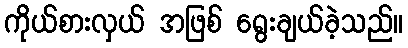
ကိုယ်စားလှယ် အဖြစ် ရွေးချယ်ခဲ့သည်။